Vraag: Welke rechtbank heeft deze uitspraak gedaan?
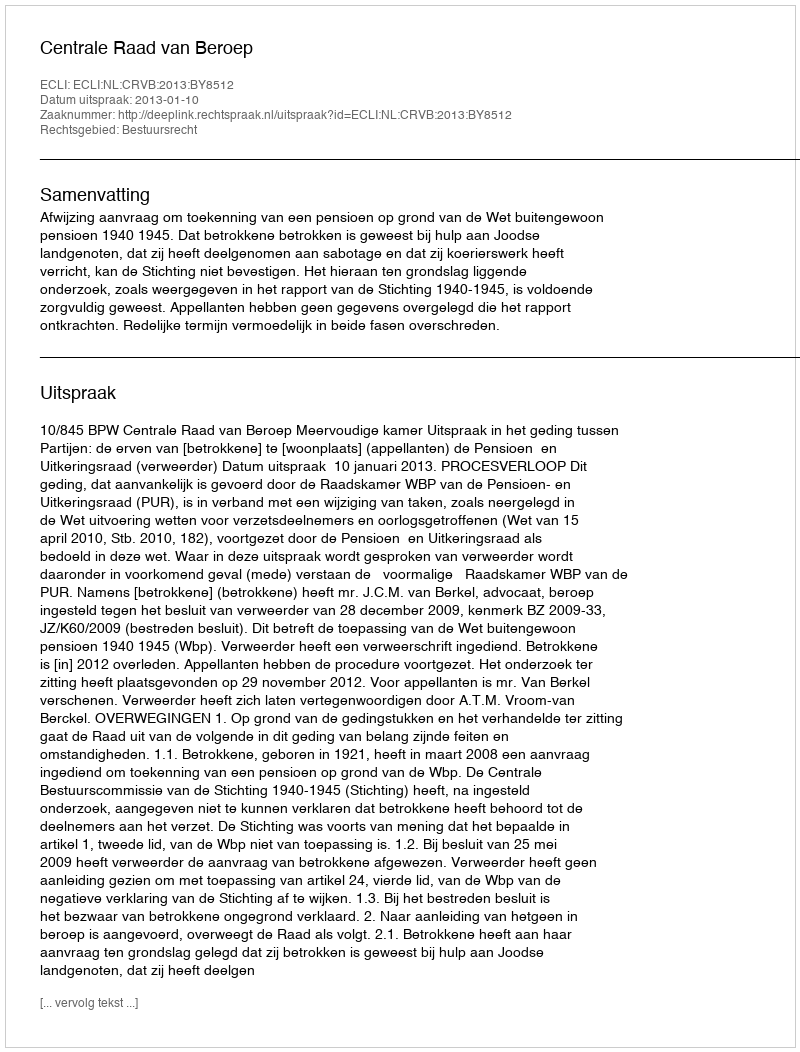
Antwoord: Centrale Raad van Beroep